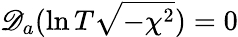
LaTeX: \mathscr{D}_{a}(\ln T\sqrt{-\chi^{2}})=0